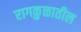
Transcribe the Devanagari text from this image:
रागकुळातील